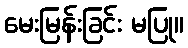
မေးမြန်းခြင်း မပြု။